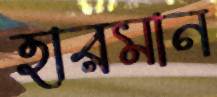
হারমান